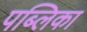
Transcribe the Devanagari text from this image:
पब्लिका